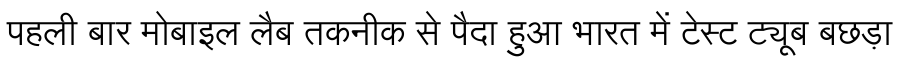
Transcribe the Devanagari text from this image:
पहली बार मोबाइल लैब तकनीक से पैदा हुआ भारत में टेस्ट ट्यूब बछड़ा